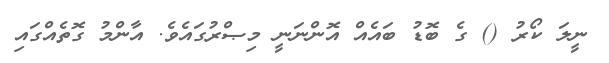
ނީލަ ކޯރު () ގެ ބޮޑު ބައެއް އޮންނަނީ މިޞްރުގައެވެ. އާންމު ގޮތެއްގައި